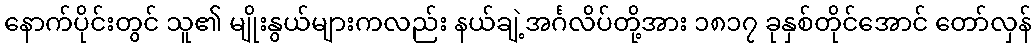
နောက်ပိုင်းတွင် သူ၏ မျိုးနွယ်များကလည်း နယ်ချဲ့အင်္ဂလိပ်တို့အား ၁၈၁၇ ခုနှစ်တိုင်အောင် တော်လှန်